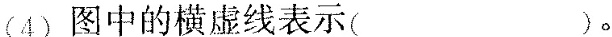
(4)图中的横虚线表示( )。